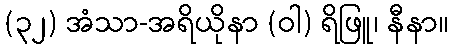
(၃၂) အံသာ-အရိယိုနာ (ဝါ) ရိဖြူ၊ နီနာ။